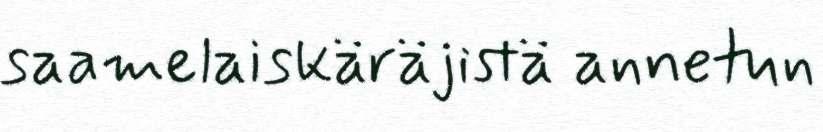
saamelaiskäräjistä annetun